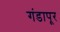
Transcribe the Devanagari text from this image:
गंडापूर